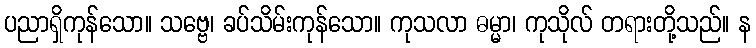
ပညာရှိကုန်သော။ သဗ္ဗေ၊ ခပ်သိမ်းကုန်သော။ ကုသလာ ဓမ္မာ၊ ကုသိုလ် တရားတို့သည်။ န